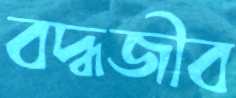
বদ্ধজীব